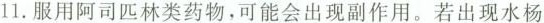
11. 服用阿司匹林类药物，可能会出现副作用。若出现水杨